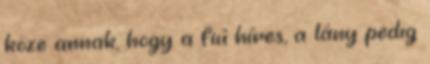
köze annak, hogy a fiú híres, a lány pedig